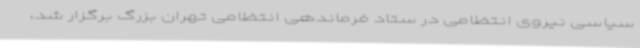
سیاسی نیروی انتظامی در ستاد فرماندهی انتظامی تهران بزرگ برگزار شد،